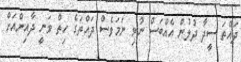
ދައްތަ ސީދާ ދުލުން އެއްބަސް ނުވި ނަމަވެސް ދައްތަގެ ހިތް ވަނީ ދާއިންއަށް